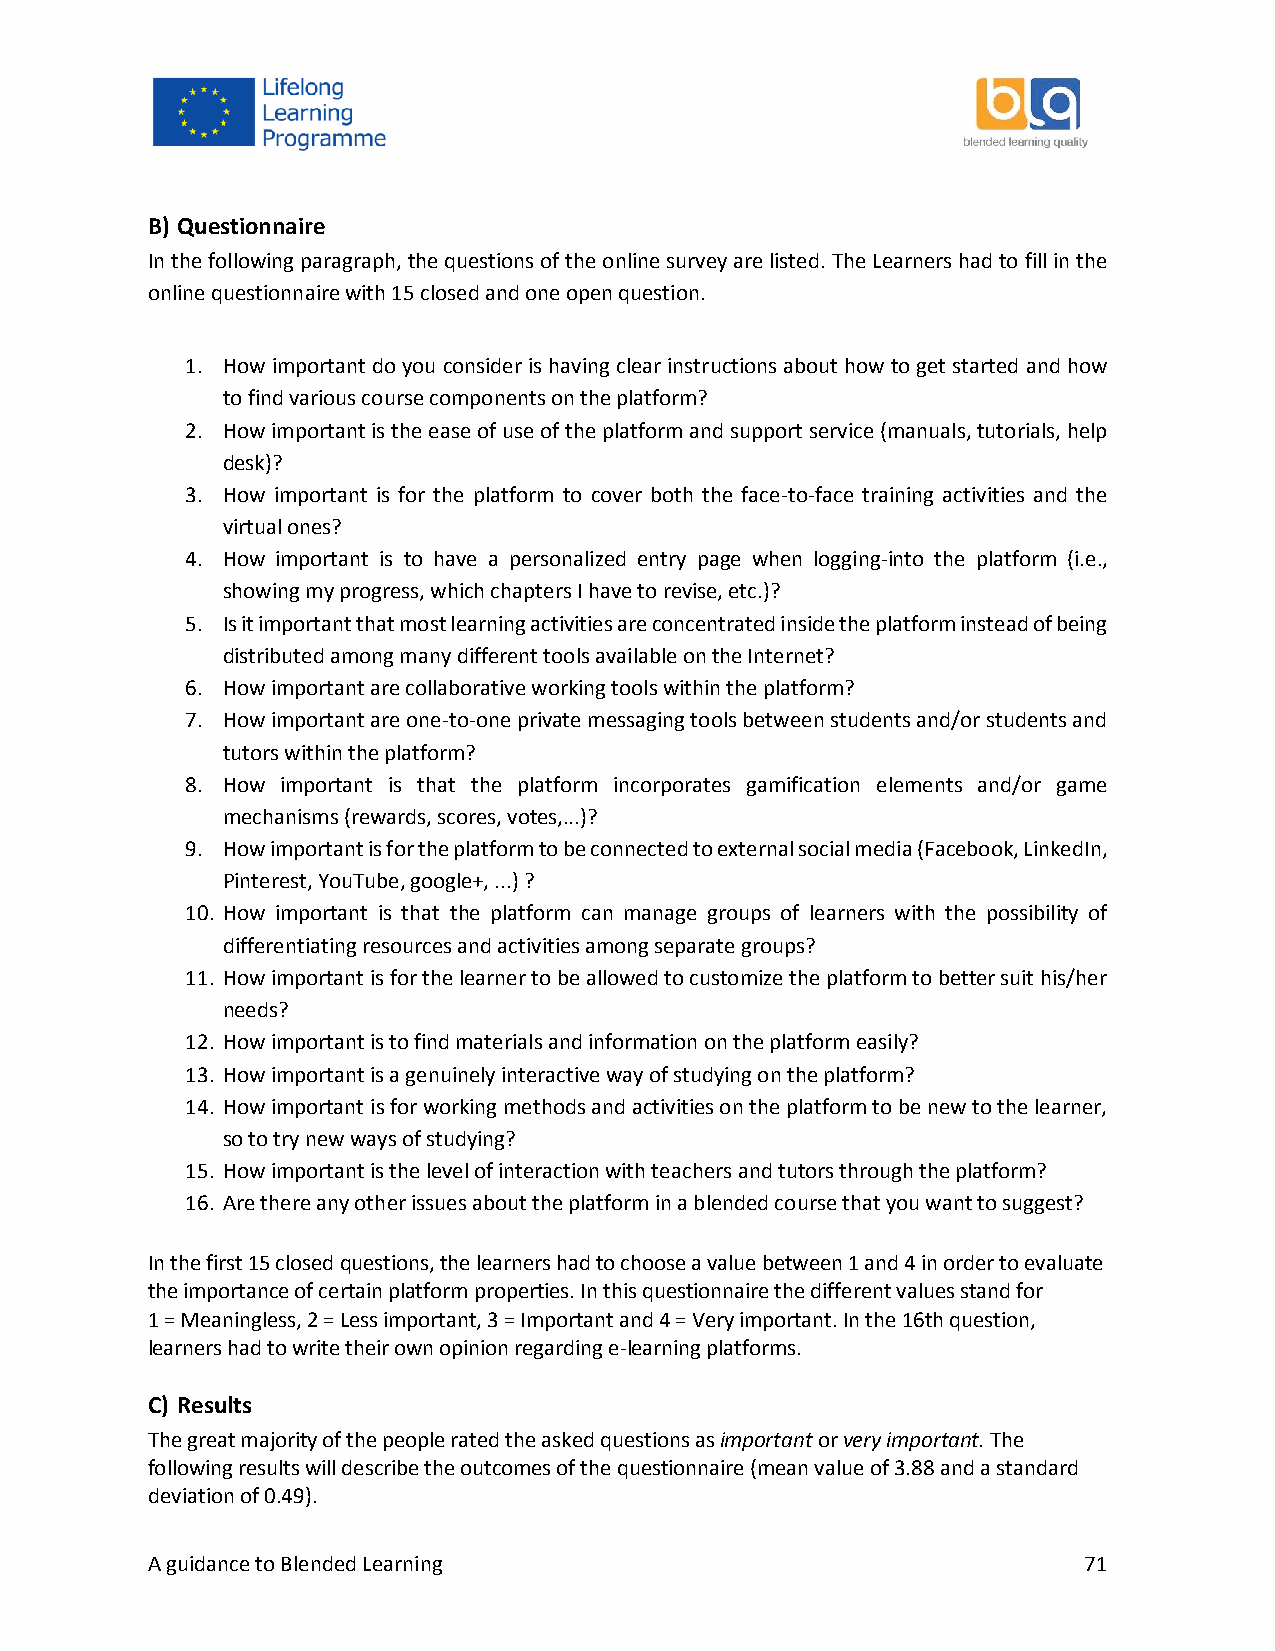
B) Questionnaire
 In the following paragraph, the questions of the online survey are listed. The Learners had to fill in the
 online questionnaire with 15 closed and one open question.
 1. How important do you consider is having clear instructions about how to get started and how
 to find various course components on the platform?
 2. How important is the ease of use of the platform and support service (manuals, tutorials, help
 desk)?
 3. How important is for the platform to cover both the face-to-face training activities and the
 virtual ones?
 4. How important is to have a personalized entry page when logging-into the platform (i.e.,
 showing my progress, which chapters I have to revise, etc.)?
 5. Is it important that most learning activities are concentrated inside the platform instead of being
 distributed among many different tools available on the Internet?
 6. How important are collaborative working tools within the platform?
 7. How important are one-to-one private messaging tools between students and/or students and
 tutors within the platform?
 8. How important is that the platform incorporates gamification elements and/or game
 mechanisms (rewards, scores, votes,...)?
 9. How important is for the platform to be connected to external social media (Facebook, LinkedIn,
 Pinterest, YouTube, google+, ...) ?
 10. How important is that the platform can manage groups of learners with the possibility of
 differentiating resources and activities among separate groups?
 11. How important is for the learner to be allowed to customize the platform to better suit his/her
 needs?
 12. How important is to find materials and information on the platform easily?
 13. How important is a genuinely interactive way of studying on the platform?
 14. How important is for working methods and activities on the platform to be new to the learner,
 so to try new ways of studying?
 15. How important is the level of interaction with teachers and tutors through the platform?
 16. Are there any other issues about the platform in a blended course that you want to suggest?
 In the first 15 closed questions, the learners had to choose a value between 1 and 4 in order to evaluate
 the importance of certain platform properties. In this questionnaire the different values stand for
 1 = Meaningless, 2 = Less important, 3 = Important and 4 = Very important. In the 16th question,
 learners had to write their own opinion regarding e-learning platforms.
 C) Results
 The great majority of the people rated the asked questions as important or very important. The
 following results will describe the outcomes of the questionnaire (mean value of 3.88 and a standard
 deviation of 0.49).
 A guidance to Blended Learning                                71